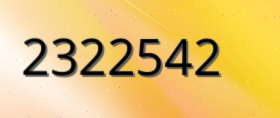
2322542